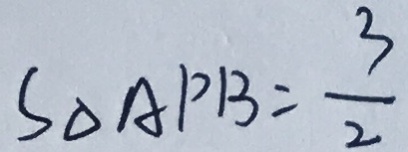
S _ { \Delta A P B } = \frac { 3 } { 2 }